Calcutta medical institutions reports 1879-81 [i.e.91]
Year: 1879
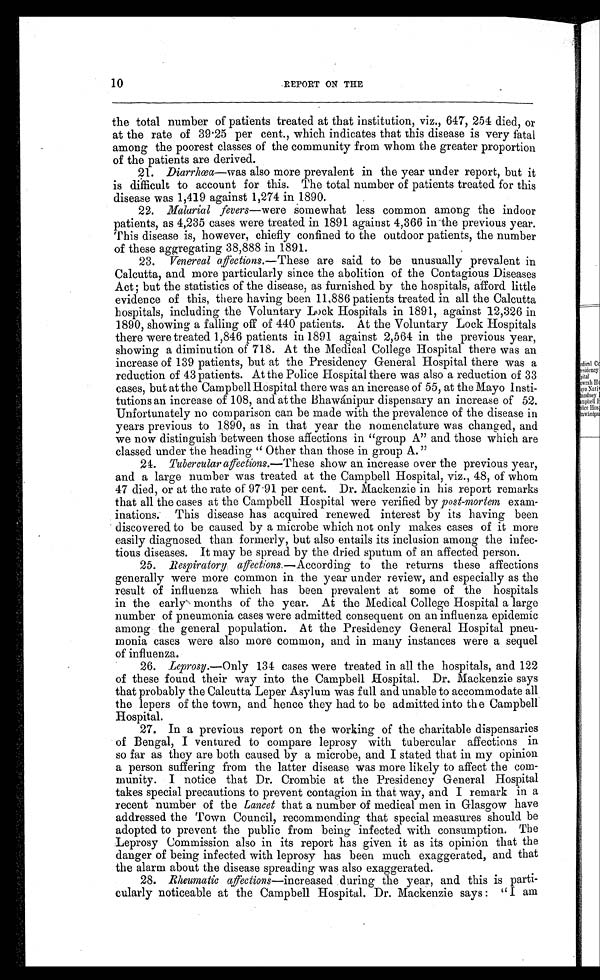
10
REPORT ON THE
the total number of patients treated at that institution, viz., 647, 254 died, or
at the rate of 39.25 per cent., which indicates that this disease is very fatal
among the poorest classes of the community from whom the greater proportion
of the patients are derived.
21.
Diarrhœa—was also more prevalent in the year under report, but it
is difficult to account for this. The total number of patients treated for this
disease was 1,419 against 1,274 in 1890.
22.
Malarial fevers—were somewhat less common among the indoor
patients, as 4,235 cases were treated in 1891 against 4,366 in the previous year.
This disease is, however, chiefly confined to the outdoor patients, the number
of these aggregating 38,888 in 1891.
23.
Venereal affections .—These are said to be unusually prevalent in
Calcutta, and more particularly since the abolition of the Contagious Diseases
Act; but the statistics of the disease, as furnished by the hospitals, afford little
evidence of this, there having been 11,886 patients treated in all the Calcutta
hospitals, including the Voluntary Lock Hospitals in 1891, against 12,326 in
1890, showing a falling off of 440 patients. At the Voluntary Lock Hospitals
there were treated 1,846 patients in 1891 against 2,564 in the previous year,
showing a diminution of 718. At the Medical College Hospital there was an
increase of 139 patients, but at the Presidency General Hospital there was a
reduction of 43 patients. At the Police Hospital there was also a reduction of 33
cases, but at the Campbell Hospital there was an increase of 55, at the Mayo Insti-
tutions an increase of 108, and at the Bhawánipur dispensary an increase of 52.
Unfortunately no comparison can be made with the prevalence of the disease in
years previous to 1890, as in that year the nomenclature was changed, and
we now distinguish between those affections in "group A" and those which are
classed under the heading "Other than those in group A."
24. Tubercular affections. — T h e s e s h o w a n i n c r e a s e o v e r t h e p r e v i o u s y e a r ,
and a large number was treated at the Campbell Hospital, viz., 48, of whom
47 died, or at the rate of 97.91 per cent. Dr. Mackenzie in his report remarks
that all the cases at the Campbell Hospital were verified by post-mortem exam-
inations. This disease has acquired renewed interest by its having been
discovered to be caused by a microbe which not only makes cases of it more
easily diagnosed than formerly, but also entails its inclusion among the infec-
tious diseases. It may be spread by the dried sputum of an affected person.
25.
Respiratory affetions. — A c c o r d i n g t o t h e r e t u r n s t h e s e a f f e c t i o n s
generally were more common in the year under review, and especially as the
result of influenza which has been prevalent at some of the hospitals
in the early months of the year. At the Medical College Hospital a large
number of pneumonia cases were admitted consequent on an influenza epidemic
among the general population. At the Presidency General Hospital pneu-
monia cases were also more common, and in many instances were a sequel
of influenza.
26.
Leprosy.—Only 134 cases were treated in all the hospitals, and 122
of these found their way into the Campbell Hospital. Dr. Mackenzie says
that probably the Calcutta Leper Asylum was full and unable to accommodate all
the lepers of the town, and hence they had to be admitted into the Campbell
Hospital.
27. In a previous report on the working of the charitable dispensaries
of Bengal, I ventured to compare leprosy with tubercular affections in
so far as they are both caused by a microbe, and I stated that in my opinion
a person suffering from the latter disease was more likely to affect the com-
munity. I notice that Dr. Crombie at the Presidency General Hospital
takes special precautions to prevent contagion in that way, and I remark in a
recent number of the Lancet that a number of medical men in Glasgow have
addressed the Town Council, recommending that special measures should be
adopted to prevent the public from being infected with consumption. The
Leprosy Commission also in its report has given it as its opinion that the
danger of being infected with leprosy has been much exaggerated, and that
the alarm about the disease spreading was also exaggerated.
28.
Rheumatic affections—increased during the year, and this is parti-
cularly noticeable at the Campbell Hospital. Dr. Mackenzie says : " I am